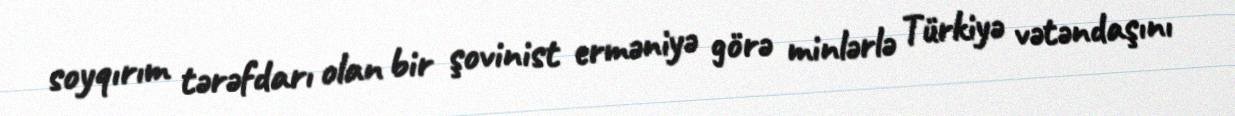
soyqırım tərəfdarı olan bir şovinist erməniyə görə minlərlə Türkiyə vətəndaşını